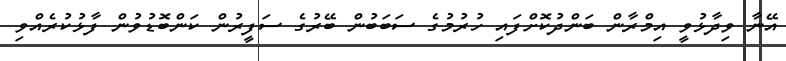
އޭނާ ވިދާޅުވީ އިމްރާން ބަންދުކޮށްފައި ހުރުމުގެ ސަބަބުން ބޭރުގެ ސަފީރުން ކަންބޮޑުވުން ފާޅުކުރެއްވި